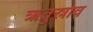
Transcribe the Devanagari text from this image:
ऋतुस्राव